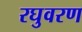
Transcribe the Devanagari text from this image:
रघुवरण